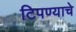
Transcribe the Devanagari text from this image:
टिपण्याचे